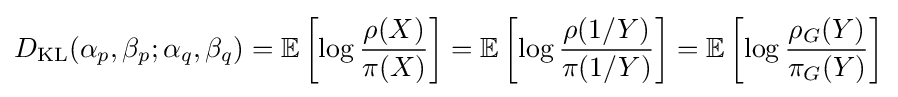
D_{\mathrm {KL} }(\alpha _{p},\beta _{p};\alpha _{q},\beta _{q})=\mathbb {E} \left[\log {\frac {\rho (X)}{\pi (X)}}\right]=\mathbb {E} \left[\log {\frac {\rho (1/Y)}{\pi (1/Y)}}\right]=\mathbb {E} \left[\log {\frac {\rho _{G}(Y)}{\pi _{G}(Y)}}\right]